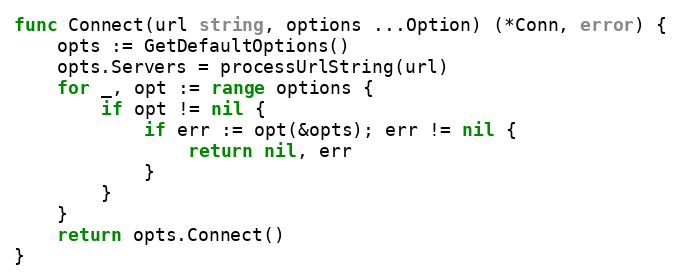
Language: Go
func Connect(url string, options ...Option) (*Conn, error) {
	opts := GetDefaultOptions()
	opts.Servers = processUrlString(url)
	for _, opt := range options {
		if opt != nil {
			if err := opt(&opts); err != nil {
				return nil, err
			}
		}
	}
	return opts.Connect()
}